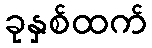
ခုနှစ်ထက်